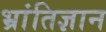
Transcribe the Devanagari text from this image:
भ्रांतिज्ञान